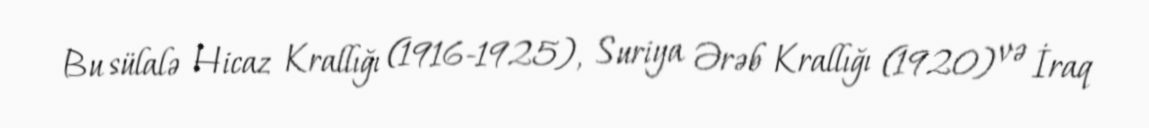
Bu sülalə Hicaz Krallığı (1916-1925), Suriya Ərəb Krallığı (1920) və İraq